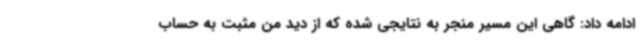
ادامه داد: گاهی این مسیر منجر به نتایجی شده که از دید من مثبت به حساب